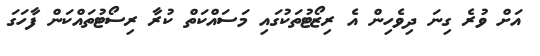
އަށް ވުރެ ގިނަ ދިވެހިން އެ ރިޒޯޓުތަކުގައި މަސައްކަތް ކުރާ ރިސޯޓުތައްކަން ފާހަގަ